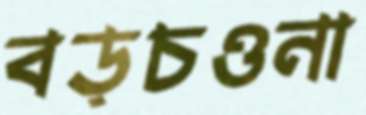
বড়চওনা